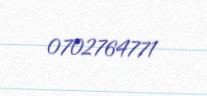
0702764771